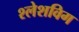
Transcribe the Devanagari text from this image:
श्लेशविग